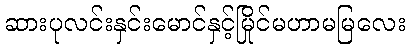
ဆားပုလင်းနှင်းမောင်နှင့်မြိုင်မဟာမမြလေး